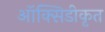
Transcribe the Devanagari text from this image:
ऑक्सिडीकृत